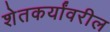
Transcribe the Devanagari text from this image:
शेतकर्यांवरील